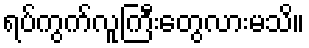
ရပ်ကွက်လူကြီးတွေလားမသိ။